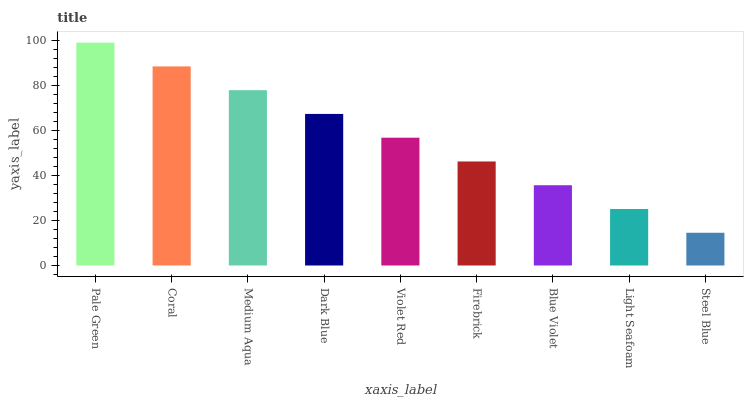
| xaxis_label | bars |
 | --- | --- |
 | Pale Green | 99 |
 | Coral | 88.4 |
 | Medium Aqua | 77.9 |
 | Dark Blue | 67.3 |
 | Violet Red | 56.8 |
 | Firebrick | 46.2 |
 | Blue Violet | 35.7 |
 | Light Seafoam | 25.1 |
 | Steel Blue | 14.5 |